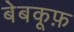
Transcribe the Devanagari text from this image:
बेबकूफ़